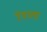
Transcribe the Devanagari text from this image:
रेगाला